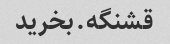
قشنگه.بخرید